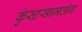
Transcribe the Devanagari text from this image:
कुंस्टसामलंग